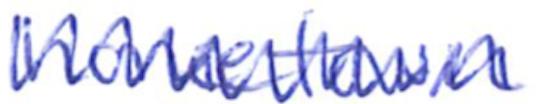
Text: hometown
Cross-out: zig-zag
Writing tool: ballpoint